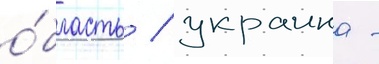
о́бласть / украина -